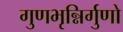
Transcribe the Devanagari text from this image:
गुणभृन्निर्गुणो